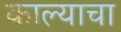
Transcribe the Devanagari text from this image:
काल्याचा